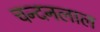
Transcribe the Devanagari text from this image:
चन्दनलाल